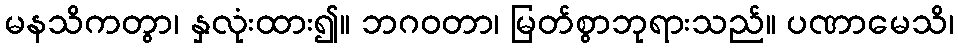
မနသိကတွာ၊ နှလုံးထား၍။ ဘဂဝတာ၊ မြတ်စွာဘုရားသည်။ ပဏာမေသိ၊